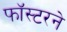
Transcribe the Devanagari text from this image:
फॉस्टरने